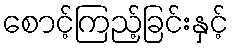
စောင့်ကြည့်ခြင်းနှင့်